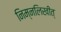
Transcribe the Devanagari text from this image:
निम्नलिखीत्